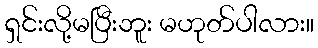
ရှင်းလို့မပြီးဘူး မဟုတ်ပါလား။